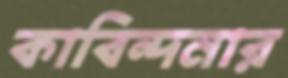
কাবিন্দনার